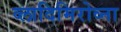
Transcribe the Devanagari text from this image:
व्लादिमिरोव्ना